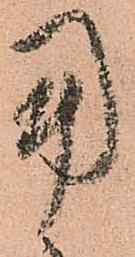
用